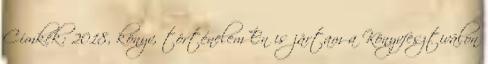
Címkék: 2018, könyv, történelem Én is jártam a Könyvfesztiválon